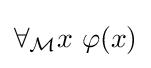
\forall _{\mathcal {M}}x\ \varphi (x)